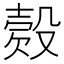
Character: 𣪳